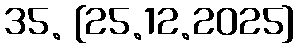
35. [25.12.2025]